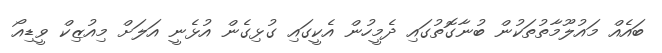
ބައެއް މައުލޫމާތުތަކުން ބުނާގޮތުގައި ދެމީހުން އެކީގައި ގުޅިގެން އުޅެނީ އަލަށް މިއުޒިކް ވީޑިއޯ